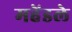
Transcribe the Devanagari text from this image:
महेंडले